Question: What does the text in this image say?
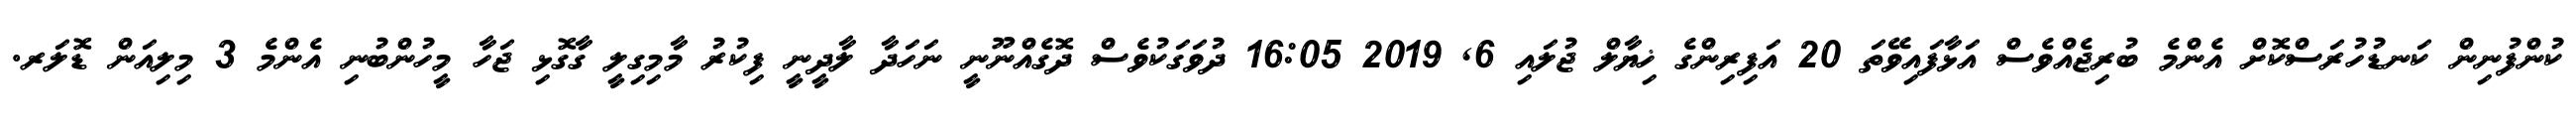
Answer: ކުންފުނިން ކަނޑުހުރަސްކޮށް އެންމެ ބުރިޖެއްވެސް އަޅާފައިވޭތަ 20 އަފިރިންގެ ޚިޔާލް ޖުލައި 6, 2019 16:05 ދުވަގަކުވެސް ދޮގެއްނޫނީ ނަހަދާ ލާދީނީ ފިކުރު މާމިގިލީ ގާގޮޅި ޖަހާ މީހުންބުނި އެންމެ 3 މިލިއަން ޑޮލަރ.